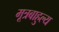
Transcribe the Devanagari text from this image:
मूत्रबाहुल्य